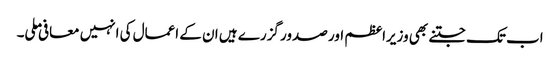
اب تک جتنے بھی وزیراعظم اور صدور گزرے ہیں ان کے اعمال کی انہیں معافی ملی۔